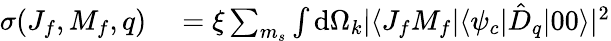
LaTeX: \begin{array}{rl}{\sigma(J_{f},M_{f},q)}&{{}=\xi\sum_{m_{s}}\int\mathrm{d}\Omega_{k}|\langle J_{f}M_{f}|\langle\psi_{c}|\hat{D}_{q}|00\rangle|^{2}}\end{array}